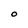
Character: O